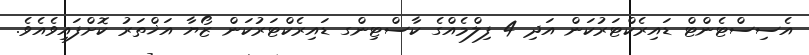
އެސިސްޓެންޓް ޑައިރެކްޓަރުކަން އަދި 4 ފިލްމެއްގެ ކާސްޓިންގ ޑައިރެކްޓަރުކަން ޒޯޔާ އަޚްތަރު ކޮށްފައިވެއެވެ.